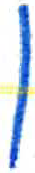
אות: ן